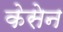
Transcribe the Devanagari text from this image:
केसेन